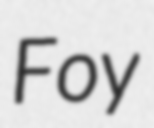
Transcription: Foy